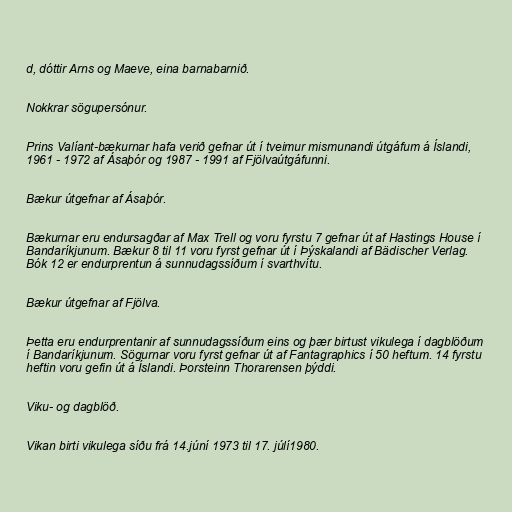
d, dóttir Arns og Maeve, eina barnabarnið.

Nokkrar sögupersónur.

Prins Valíant-bækurnar hafa verið gefnar út í tveimur mismunandi útgáfum á Íslandi,
1961 - 1972 af Ásaþór og 1987 - 1991 af Fjölvaútgáfunni.

Bækur útgefnar af Ásaþór.

Bækurnar eru endursagðar af Max Trell og voru fyrstu 7 gefnar út af Hastings House í
Bandaríkjunum. Bækur 8 til 11 voru fyrst gefnar út í Þýskalandi af Bädischer Verlag.
Bók 12 er endurprentun á sunnudagssíðum í svarthvítu.

Bækur útgefnar af Fjölva.

Þetta eru endurprentanir af sunnudagssíðum eins og þær birtust vikulega í dagblöðum
í Bandaríkjunum. Sögurnar voru fyrst gefnar út af Fantagraphics í 50 heftum. 14 fyrstu
heftin voru gefin út á Íslandi. Þorsteinn Thorarensen þýddi.

Viku- og dagblöð.

Vikan birti vikulega síðu frá 14.júní 1973 til 17. júlí1980.